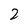
Character: 2